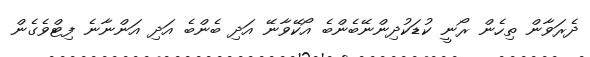
ދެރަވާން ތިހެން ރޯނީ ކުޑަކުދިންނޭބެންބެ އޯކޭވާނޭ އަދި ބެންބެ އަދި އަންނާނެ ފިޓްވެގެން